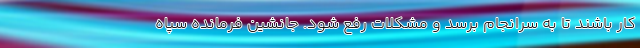
کار باشند تا به سرانجام برسد و مشکلات رفع شود. جانشین فرمانده سپاه